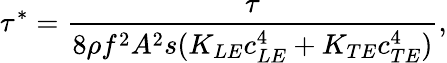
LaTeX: \tau^{*}=\frac{\tau}{8\rho f^{2}A^{2}s(K_{LE}c_{LE}^{4}+K_{TE}c_{TE}^{4})},